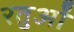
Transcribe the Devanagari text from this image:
रतुओं